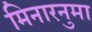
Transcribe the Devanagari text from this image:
मिनारनुमा